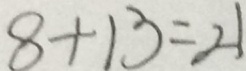
8 + 1 3 = 2 1